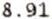
8.91